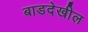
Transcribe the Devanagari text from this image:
बाडदेखील